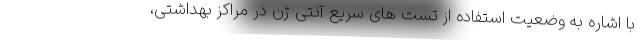
با اشاره به وضعیت استفاده از تست های سریع آنتی ژن در مراکز بهداشتی،